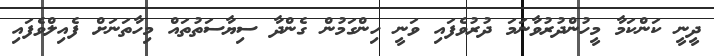
ދީނީ ކަަންކަމާ މީހުންދުރުވާނަމަ ދުރުވެފައި ވަނީ ހިންގަމުން ގެންދާ ސިޔާސަތުތައް މިހާތަނަށް ފެއިލްވެފައި